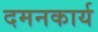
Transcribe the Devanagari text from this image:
दमनकार्य